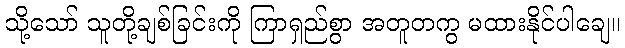
သို့သော် သူတို့ချစ်ခြင်းကို ကြာရှည်စွာ အတူတကွ မထားနိုင်ပါချေ။